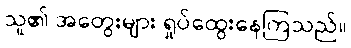
သူ၏ အတွေးများ ရှုပ်ထွေးနေကြသည်။